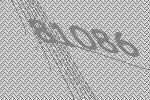
81086